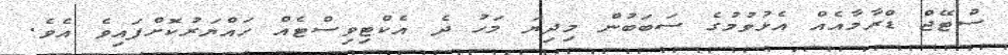
ސްޓޭޖް ޑްރާމާއެއް އެޅުވުމުގެ ސަބަބުން މިދިޔަ މަހު ދެ އެކްޓިވިސްޓެއް ހައްޔަރުކޮށްފައިވެ އެވެ.